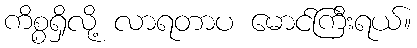
ကိစ္စရှိလို့ လာရတာပ မောင်ကြီးရယ်။